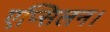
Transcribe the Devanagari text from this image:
एप्सिलन।